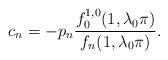
LaTeX: \begin{align*} c_n=-p_n \frac{f_0^{1,0}(1,\lambda_0\pi)}{f_{n}(1,\lambda_0\pi)} .\end{align*}